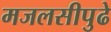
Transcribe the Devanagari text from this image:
मजलसीपुढे